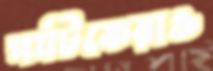
পর্যটকেরাও